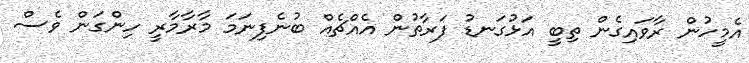
އެމީހުން ރާވައިގެން ތިބީ އަޅުގަނޑު ފަރާތުން އެއްޗެއް ބުނެފިނަމަ މާރާމާރީ ހިންގަން ވެސް